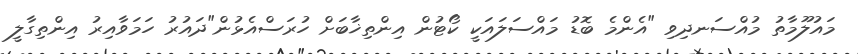
މައުލޫމާތު މުއްސަނދިވި "އެންމެ ބޮޑު މައްސަލައަކީ ކޯޓުން އިންތިޚާބަށް ހުރަސްއެޅުން"ދައުރު ހަމަވާއިރު އިންތިގާލީ